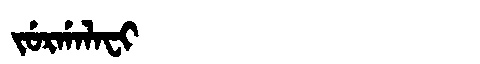
Manchu: ᠵᡠᡵᡤᠠᠯᠠᠸᡳ
Romanization: JURGALAFI